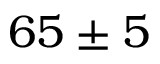
6 5 \pm 5